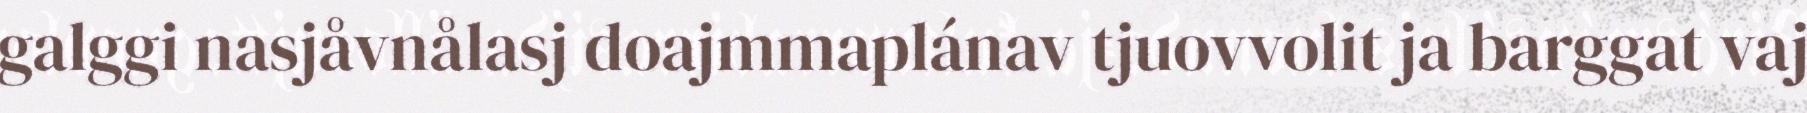
galggi nasjåvnålasj doajmmaplánav tjuovvolit ja barggat vaj